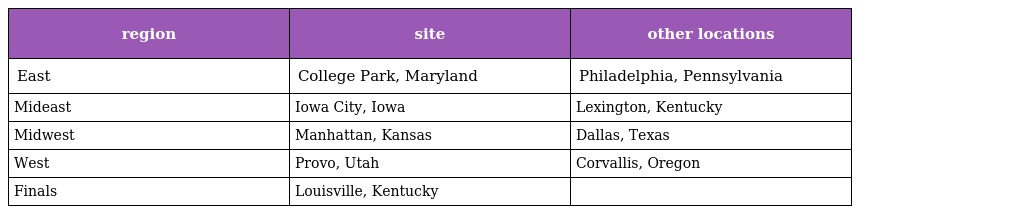
| region | site | other locations |
 | --- | --- | --- |
 | East | College Park, Maryland | Philadelphia, Pennsylvania |
 | Mideast | Iowa City, Iowa | Lexington, Kentucky |
 | Midwest | Manhattan, Kansas | Dallas, Texas |
 | West | Provo, Utah | Corvallis, Oregon |
 | Finals | Louisville, Kentucky |  |